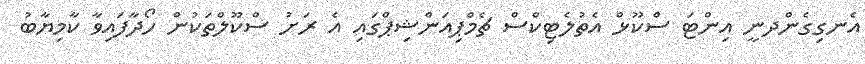
އެނގިގެންދނީ އިންޓަ ސްކޫޅް އެތުލެޓިކްސް ޗެމްޕިއަންޝިޕްގައި އެ ރަށު ސްކޫލްތަކުން ހޯދާފައިވާ ކާމިޔާބު